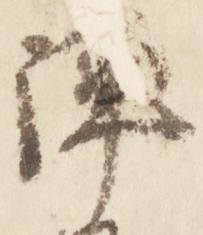
陣